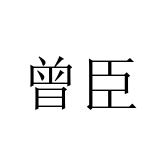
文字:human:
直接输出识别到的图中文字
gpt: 曾臣